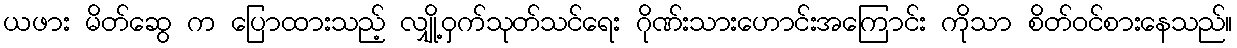
ယဖား မိတ်ဆွေ က ပြောထားသည့် လျှို့ဝှက်သုတ်သင်ရေး ဂိုဏ်းသားဟောင်းအကြောင်း ကိုသာ စိတ်ဝင်စားနေသည်။